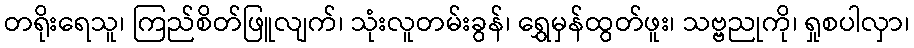
တရိုးရေသူ၊ ကြည်စိတ်ဖြူလျက်၊ သုံးလူတမ်းခွန်၊ ရွှေမှန်ထွတ်ဖူး၊ သဗ္ဗညုကို၊ ရှုစပါလှာ၊